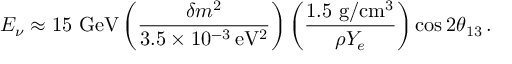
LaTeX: E _ { \nu } \approx 1 5 \mathrm { \ G e V } \left( \frac { \delta m ^ { 2 } } { 3 . 5 \times 1 0 ^ { - 3 } \mathrm { \, e V ^ { 2 } } } \right) \left( \frac { 1 . 5 \mathrm { \ g / c m ^ { 3 } } } { \rho Y _ { e } } \right) \cos 2 \theta _ { 1 3 } \, .